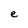
Character: e